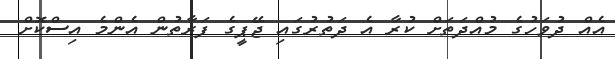
އެއް ދުވަހުގެ މުއްދަތަށް ކުރާ އެ ދަތުރުގައި ޖޭޕީގެ ފަރާތުން އެންމެ އިސްކޮށް